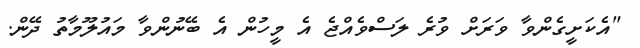
"އެކަށީގެންވާ ވަރަށް ވުރެ ލަސްވެއްޖެ އެ މީހުން އެ ބޭނުންވާ މައުލޫމާތު ދޭން.